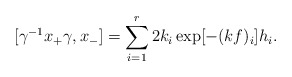
\begin{align*}[\gamma^{-1} x_+ \gamma, x_-] = \sum_{i=1}^r 2k_i \exp [- (kf)_i] h_i.\end{align*}